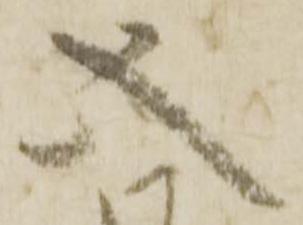
五